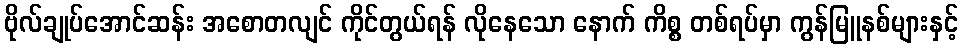
ဗိုလ်ချုပ်အောင်ဆန်း အစောတလျင် ကိုင်တွယ်ရန် လိုနေသော နောက် ကိစ္စ တစ်ရပ်မှာ ကွန်မြူနစ်များနှင့်